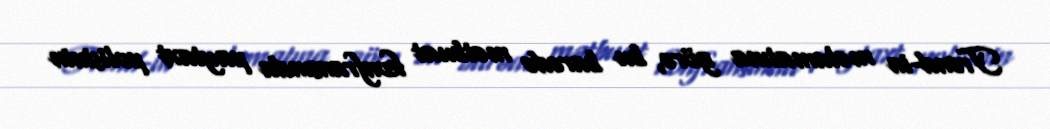
Trend-in məlumatına görə, bu barədə mətbuat konfransında paytaxt polisinin